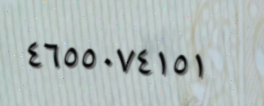
٤٦٥٥٠٧٤١٥١